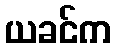
ယခင်က